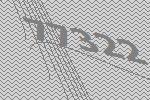
77322